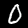
Digit: 0